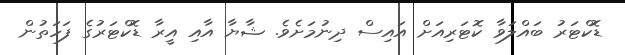
ޑޮކްޓަރު ބައްލަވާ ކޮޓަރިއަށް އައިސް ދިނުމަށެވެ. ޝާޔާ އާއި އީރާ ޑޮކްޓަރުގެ ފަހަތުން